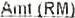
AMT (RM)